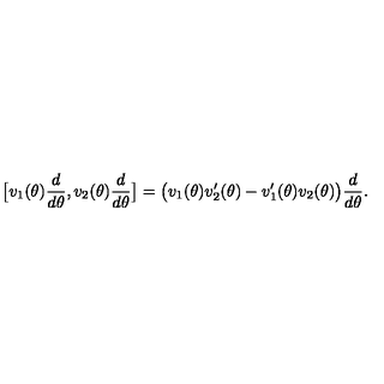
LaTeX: \big [ v _ { 1 } ( \theta ) \frac { d } { d \theta } , v _ { 2 } ( \theta ) \frac { d } { d \theta } \big ] = \big ( v _ { 1 } ( \theta ) v _ { 2 } ^ { \prime } ( \theta ) - v _ { 1 } ^ { \prime } ( \theta ) v _ { 2 } ( \theta ) \big ) \frac { d } { d \theta } .